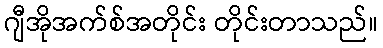
ဂျီအိုအက်စ်အတိုင်း တိုင်းတာသည်။